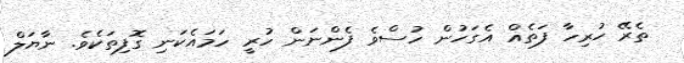
ތެރޭ ހުރިހާ ފަތެއް އެގަހުން ހުސްވެ ފެންނަން ހުރީ ހަމައެކަނި ގޮފިތަކެވެ. ނާޔަލް